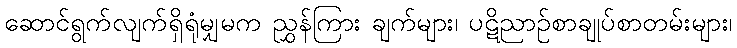
ဆောင်ရွက်လျက်ရှိရုံမျှမက ညွှန်ကြား ချက်များ၊ ပဋိညာဉ်စာချုပ်စာတမ်းများ၊